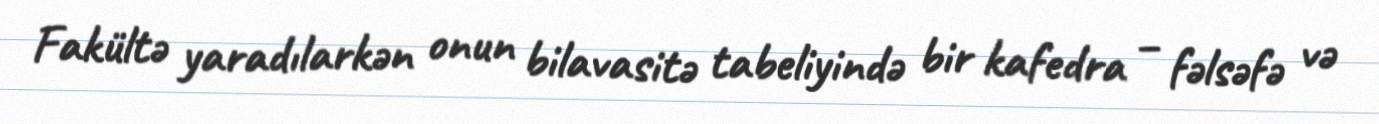
Fakültə yaradılarkən onun bilavasitə tabeliyində bir kafedra – fəlsəfə və